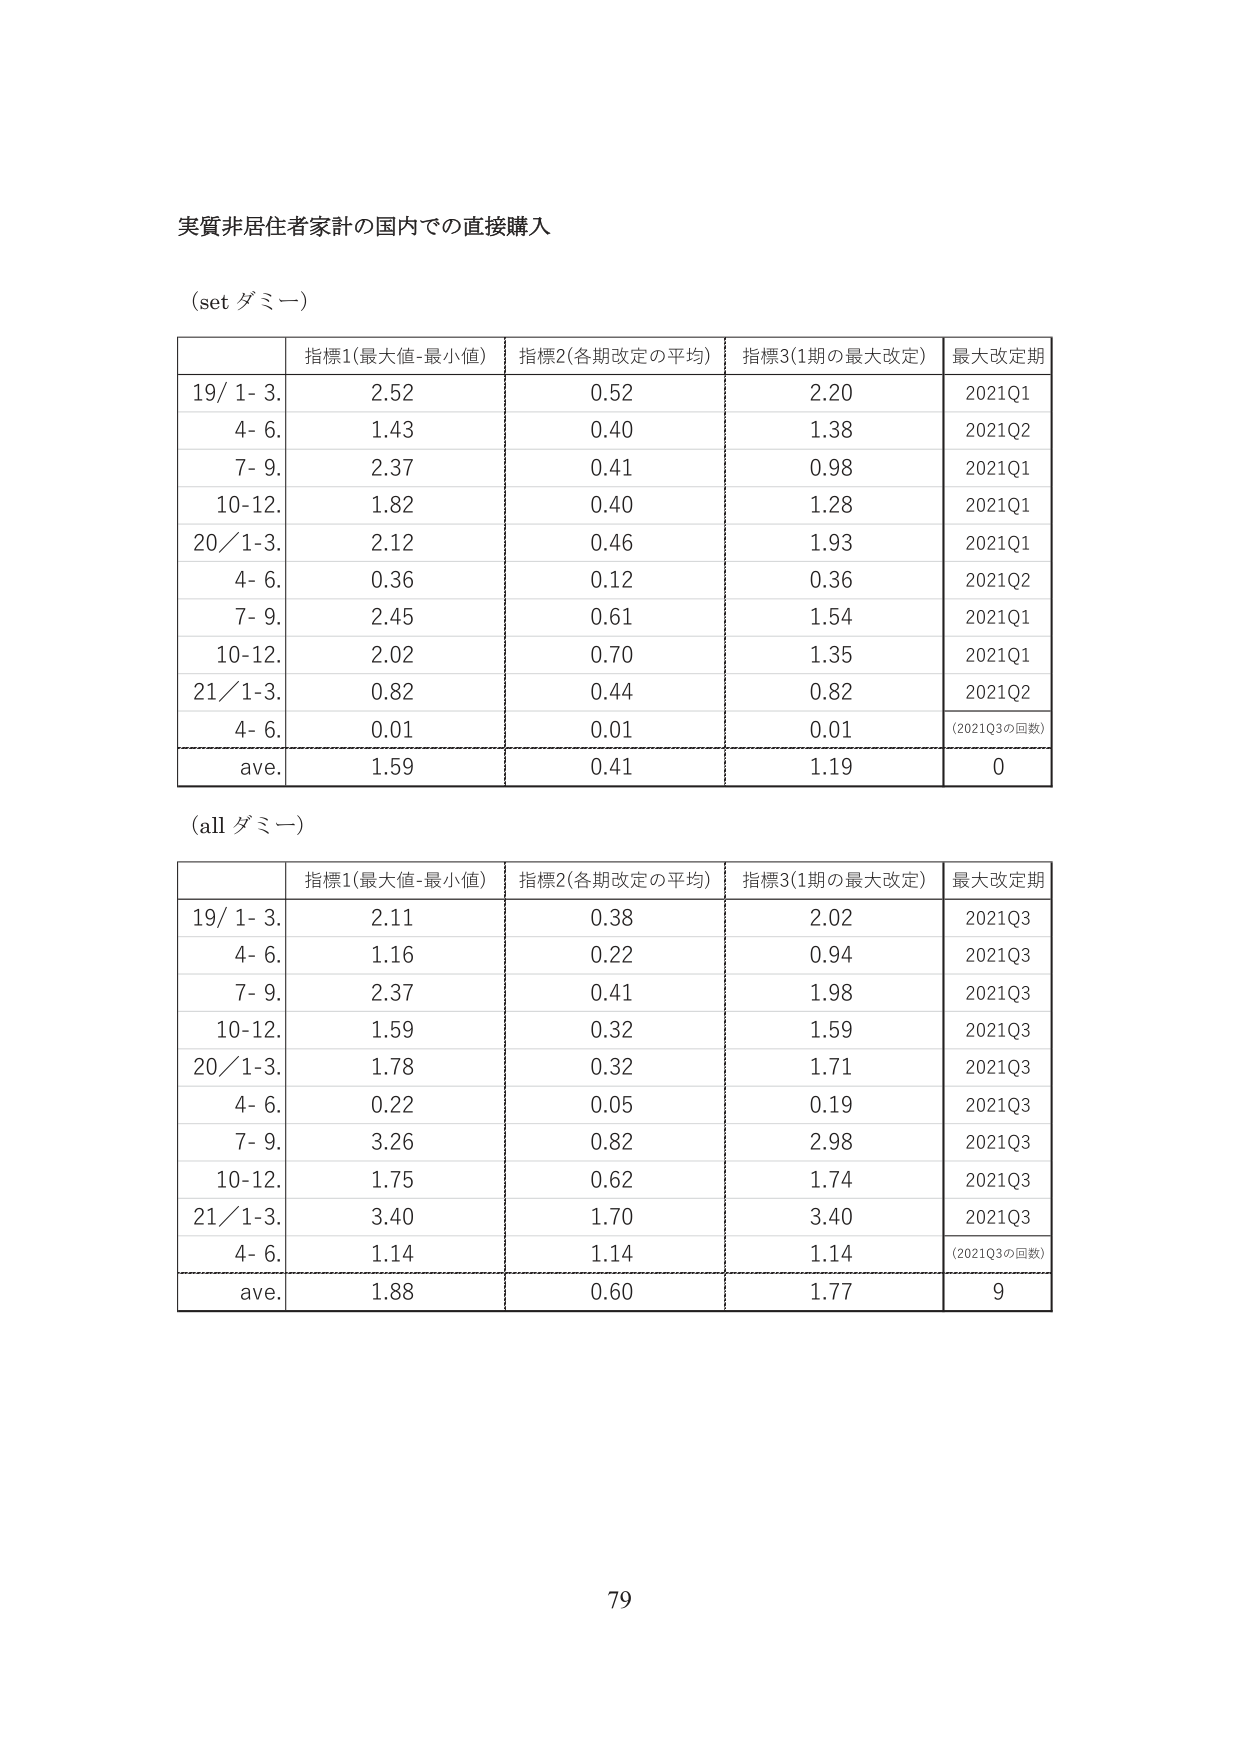
実質非居住者家計の国内での直接購入

(set ダミー)

| | 指標1(最大値-最小値) | 指標2(各期改定の平均) | 指標3(1期の最大改定) | 最大改定期 |
|---|---|---|---|---|
| 19/ 1- 3. | 2.52 | 0.52 | 2.20 | 2021Q1 |
| 4- 6. | 1.43 | 0.40 | 1.38 | 2021Q2 |
| 7- 9. | 2.37 | 0.41 | 0.98 | 2021Q1 |
| 10-12. | 1.82 | 0.40 | 1.28 | 2021Q1 |
| 20/ 1-3. | 2.12 | 0.46 | 1.93 | 2021Q1 |
| 4- 6. | 0.36 | 0.12 | 0.36 | 2021Q2 |
| 7- 9. | 2.45 | 0.61 | 1.54 | 2021Q1 |
| 10-12. | 2.02 | 0.70 | 1.35 | 2021Q1 |
| 21/ 1-3. | 0.82 | 0.44 | 0.82 | 2021Q2 |
| 4- 6. | 0.01 | 0.01 | 0.01 | (2021Q3の回数) |
| ave. | 1.59 | 0.41 | 1.19 | 0 |

(all ダミー)

| | 指標1(最大値-最小値) | 指標2(各期改定の平均) | 指標3(1期の最大改定) | 最大改定期 |
|---|---|---|---|---|
| 19/ 1- 3. | 2.11 | 0.38 | 2.02 | 2021Q3 |
| 4- 6. | 1.16 | 0.22 | 0.94 | 2021Q3 |
| 7- 9. | 2.37 | 0.41 | 1.98 | 2021Q3 |
| 10-12. | 1.59 | 0.32 | 1.59 | 2021Q3 |
| 20/ 1-3. | 1.78 | 0.32 | 1.71 | 2021Q3 |
| 4- 6. | 0.22 | 0.05 | 0.19 | 2021Q3 |
| 7- 9. | 3.26 | 0.82 | 2.98 | 2021Q3 |
| 10-12. | 1.75 | 0.62 | 1.74 | 2021Q3 |
| 21/ 1-3. | 3.40 | 1.70 | 3.40 | 2021Q3 |
| 4- 6. | 1.14 | 1.14 | 1.14 | (2021Q3の回数) |
| ave. | 1.88 | 0.60 | 1.77 | 9 |

79